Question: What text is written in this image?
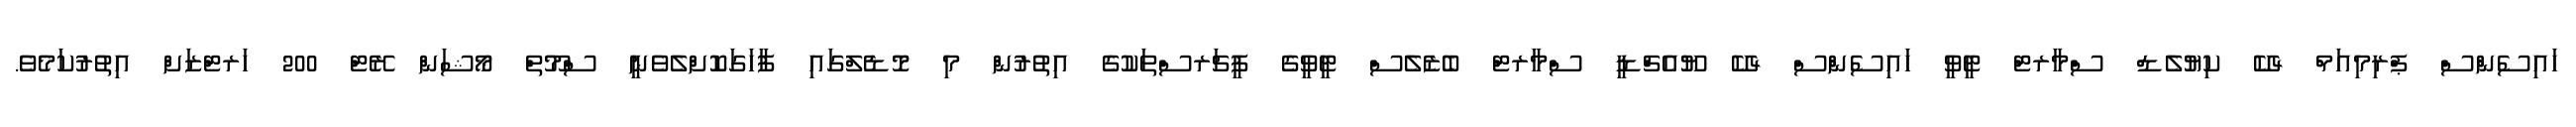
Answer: ހައިސެންްސް ޕްރިމިއަމް 4ކޭ ކިޔުލެޑް ސްމާރޓް ޓީވީ ހައިސެންްސް 4ކޭ ޔޫއެޗްޑީ ސްމާރޓް ބެޒެލެސް ޓީވީގެ ފީޗަރސްތަކުގެ އިތުރުން މި މޮޑެލްގައި ފާހަގަކޮށްލެވެނީ ސްމޫތް މޯޝަން ރޭޓް 200 ހަރޓްޒަށް އިތުރުކަމެވެ.